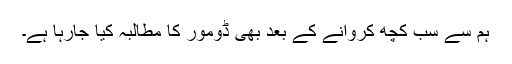
ہم سے سب کچھ کروانے کے بعد بھی ڈومور کا مطالبہ کیا جارہا ہے۔